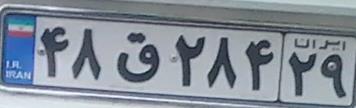
۴۸ق۲۸۴۲۹